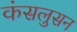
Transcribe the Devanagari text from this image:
कंसलुसन